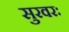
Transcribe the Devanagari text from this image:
सुरवरः